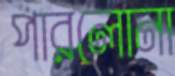
পারলোনা